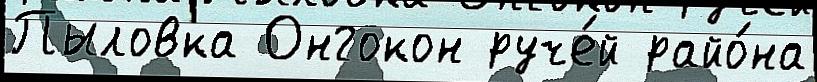
Пыловка Онгокон руче́й райо́на